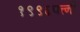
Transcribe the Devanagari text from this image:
१९९६पत्त्नी